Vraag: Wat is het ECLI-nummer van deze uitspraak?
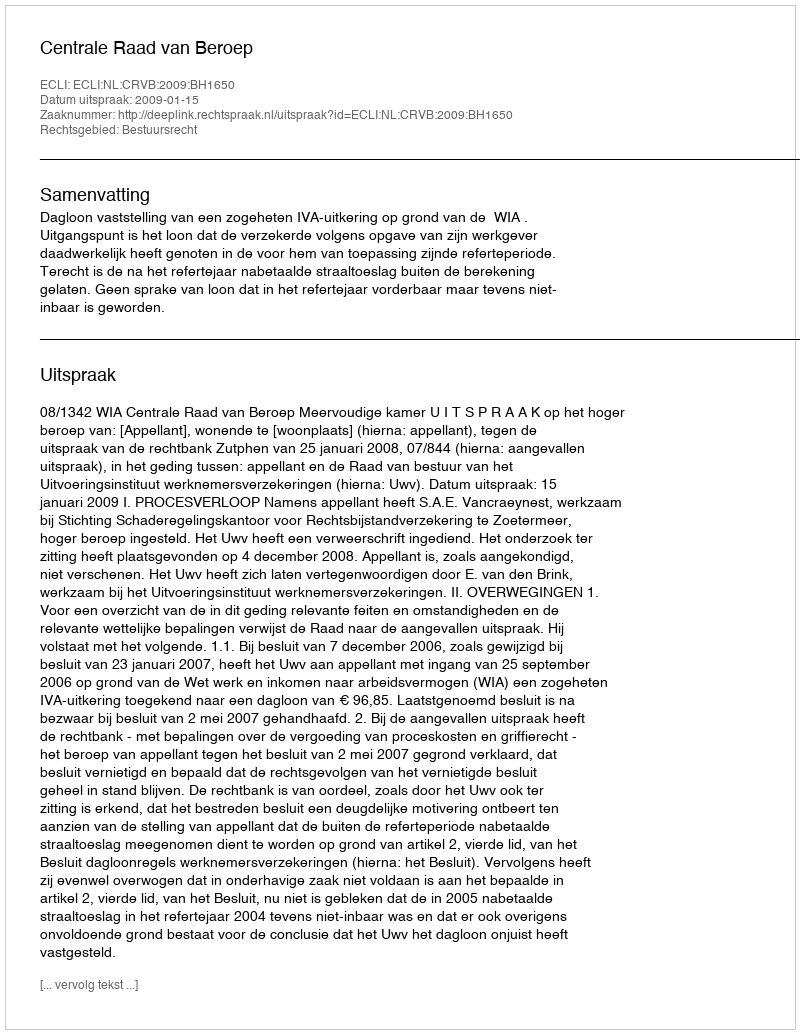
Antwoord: ECLI:NL:CRVB:2009:BH1650